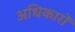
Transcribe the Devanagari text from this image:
अधिकारों